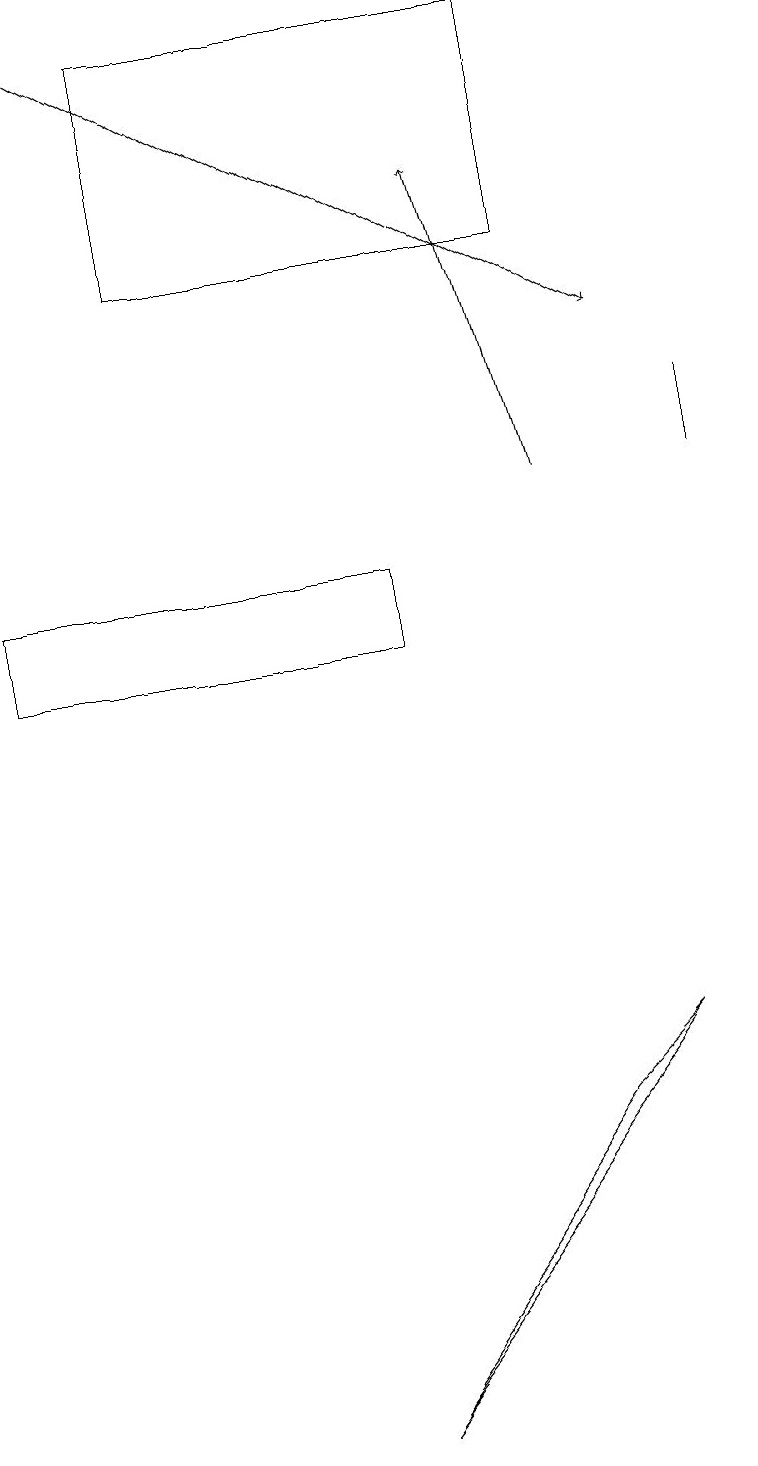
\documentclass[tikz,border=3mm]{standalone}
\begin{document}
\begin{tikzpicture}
\draw (5,12) rectangle (0,11);
\draw (9,14) rectangle (9,13);
\draw[->] (1,19) -- (8,15);
\draw (7,5) -- (8,6) -- (4,1) -- cycle;
\draw (2,16) rectangle (7,19);
\draw[->] (7,13) -- (6,17);
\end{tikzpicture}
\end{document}